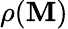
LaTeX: \rho(\mathbf{M})